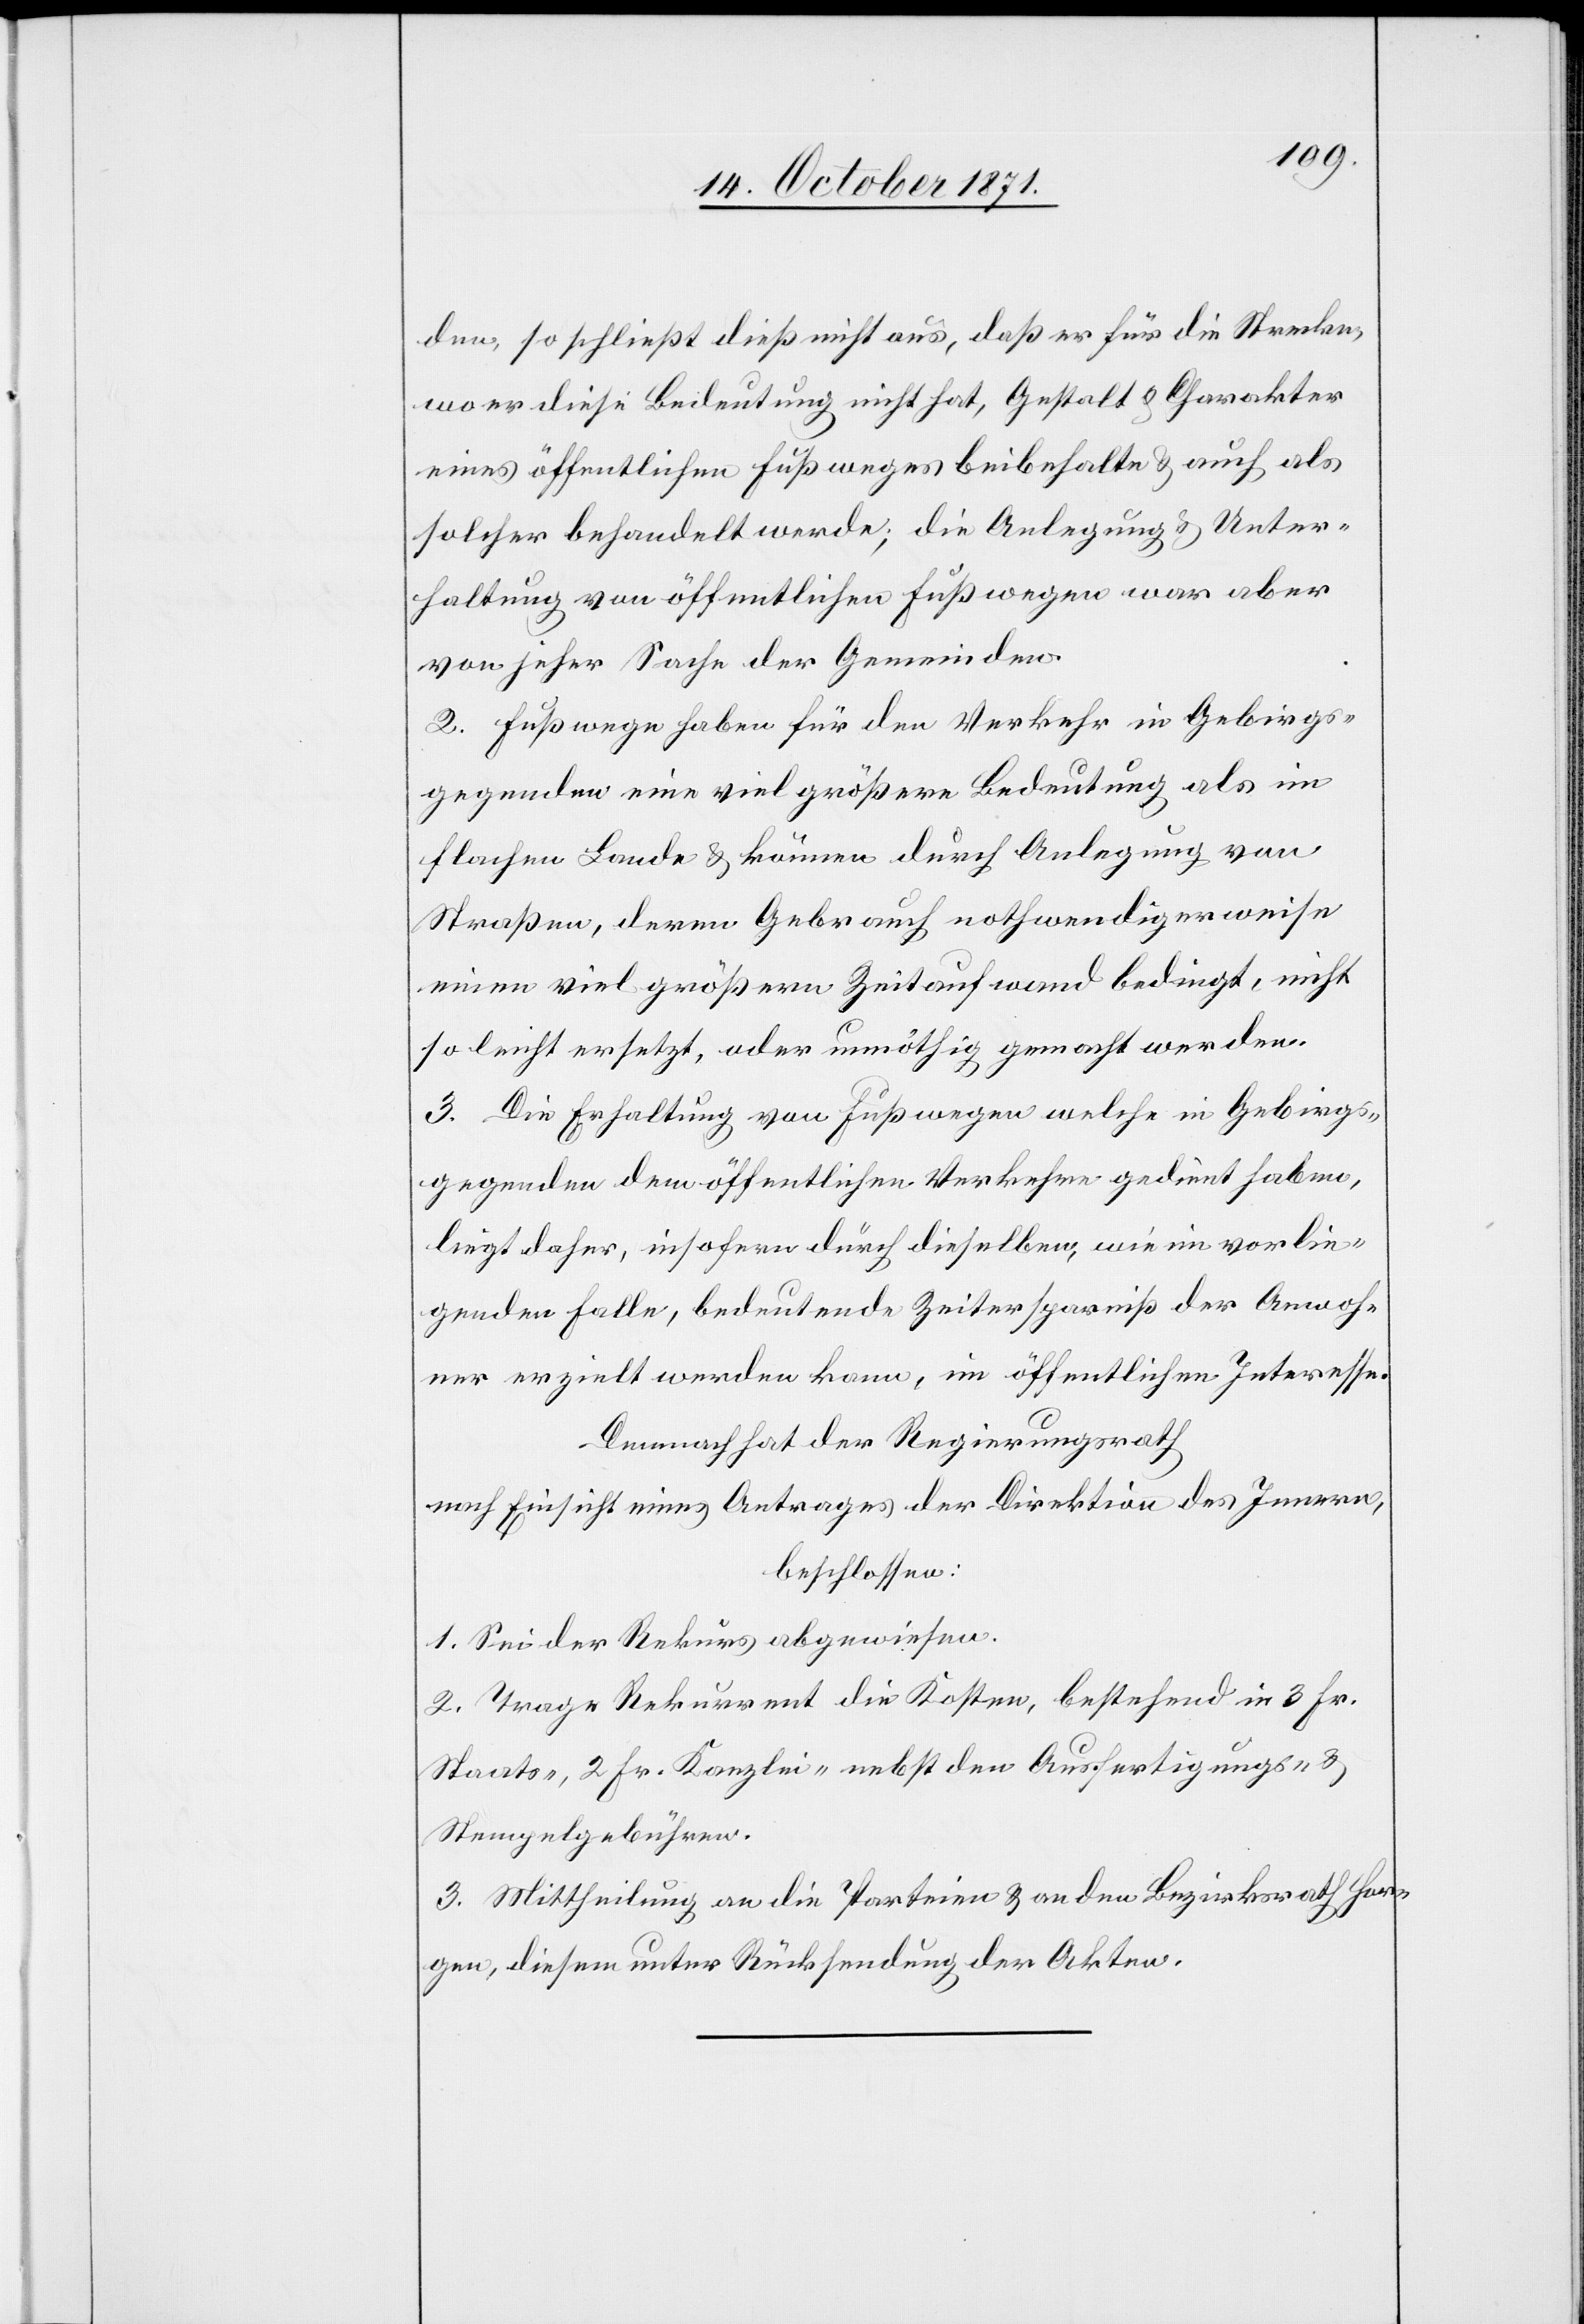
den, so schließt dieß nicht aus, daß er für die Strecke,
wo er diese Bedeutung nicht hat, Gestalt & Charakter
eines öffentlichen Fußweges beibehalte & auch als
solcher behandelt werde; die Anlegung & Unter¬
haltung von öffentlichen Fußwegen war aber
von jeher Sache der Gemeinden.
2. Fußwege haben für den Verkehr in Gebirgs¬
gegenden eine viel größere Bedeutung als im
flachen Lande & könne durch Anlegung von
Straßen, deren Gebrauch nothwendigerweise
einen viel größeren Zeitaufwand bedingt, nicht
so leicht ersetzt, oder unnöthig gemacht werden.
3. Die Erhaltung von Fußwegen, welche in Gebirgs¬
gegenden dem öffentlichen Verkehr gedient haben,
liegt daher, insofern durch dieselben, wie im vorlie¬
genden Falle, bedeutende Zeitersparniß der Anwoh¬
ner erzielt werden kann, im öffentlichen Interesse.
Demnach hat der Regierungsrath
nach Einsicht eines Antrages der Direktion des Innern,
beschlossen:
1. Sei der Rekurs abgewiesen.
2. Trage Rekurrent die Kosten, bestehend in 3 Fr.
Staats-, 2 Fr. Kanzlei- nebst den Ausfertigungs- &
Stempelgebühren.
3. Mittheilung an die Parteien & an den Bezirksrath Hor¬
gen, diesem unter Rücksendung der Akten.